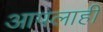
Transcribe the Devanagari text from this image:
आपलाही